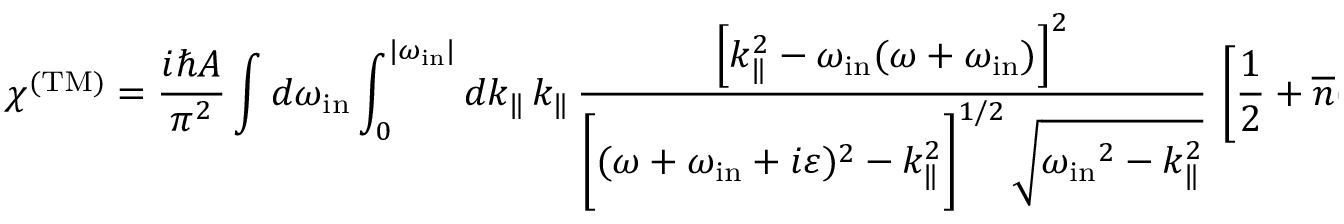
\chi ^ { \mathrm { ( T M ) } } = { \frac { i \hbar A } { \pi ^ { 2 } } } \int d \omega _ { \mathrm { i n } } \int _ { 0 } ^ { | \omega _ { \mathrm { i n } } | } d k _ { \| } \, k _ { \| } \, \frac { \left[ k _ { \| } ^ { 2 } - \omega _ { \mathrm { i n } } ( \omega + \omega _ { \mathrm { i n } } ) \right] ^ { 2 } } { \biggl [ ( \omega + \omega _ { \mathrm { i n } } + i \varepsilon ) ^ { 2 } - k _ { \| } ^ { 2 } \biggr ] ^ { 1 / 2 } \, \sqrt { { \omega _ { \mathrm { i n } } } ^ { 2 } - k _ { \| } ^ { 2 } } } \, \left[ { \frac { 1 } { 2 } } + { \overline { { n } } } ( | \omega _ { \mathrm { i n } } | ) \right] .